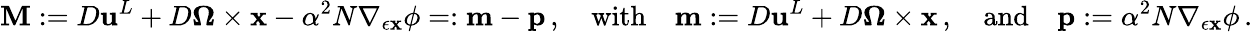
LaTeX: \mathbf{M}:={D}{\mathbf{u}}^{L}+{D}\boldsymbol{\Omega}\times{\mathbf{x}}-\alpha^{2}N\nabla_{\epsilon{\mathbf{x}}}\phi=:\mathbf{m}-\mathbf{p}\, ,\quad\mathrm{with}\quad\mathbf{m}:={D}{\mathbf{u}}^{L}+{D}\boldsymbol{\Omega}\times{\mathbf{x}}\, ,\quad\mathrm{and}\quad\mathbf{p}:=\alpha^{2}N\nabla_{\epsilon{\mathbf{x}}}\phi\, .